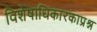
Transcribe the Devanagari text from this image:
विशेषाधिकारकाप्रश्न